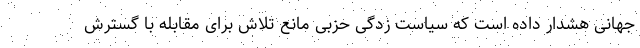
جهانی هشدار داده است که سیاست زدگی حزبی مانع تلاش برای مقابله با گسترش